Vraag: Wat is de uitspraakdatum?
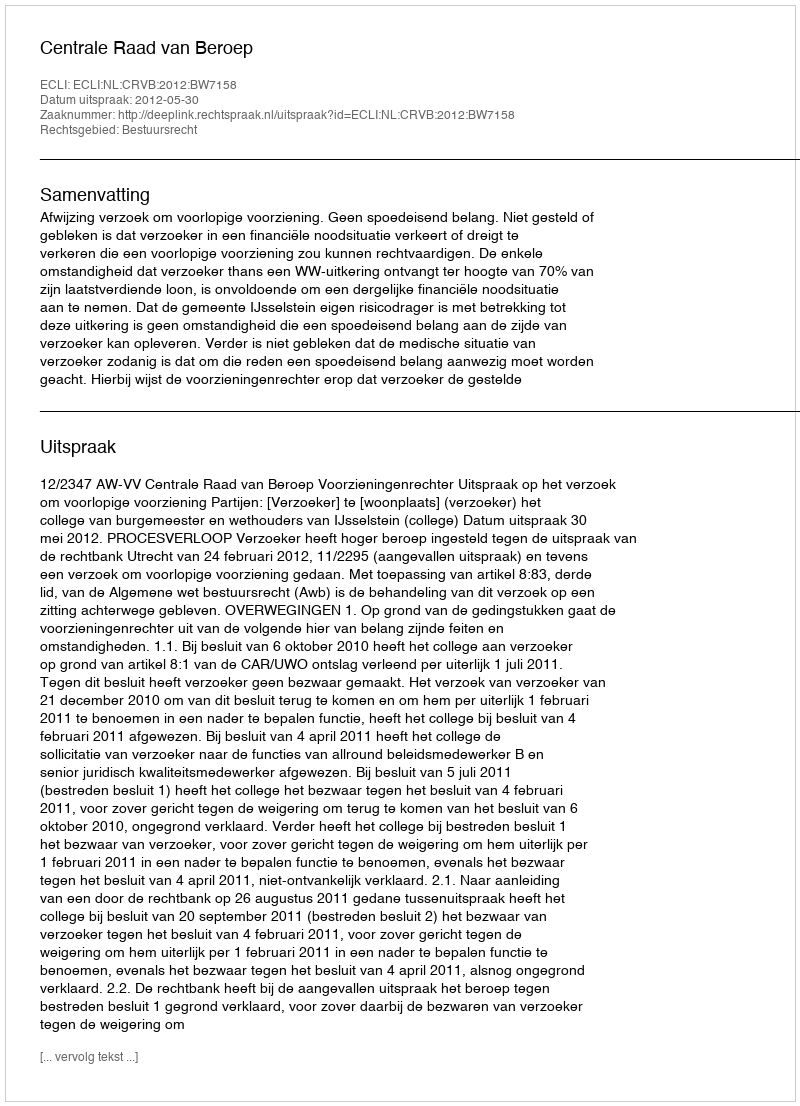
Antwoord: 2012-05-30